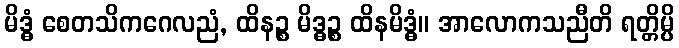
မိဒ္ဓံ စေတသိကဂေလညံ, ထိနဉ္စ မိဒ္ဓဉ္စ ထိနမိဒ္ဓံ။ အာလောကသညီတိ ရတ္တိမ္ပိ